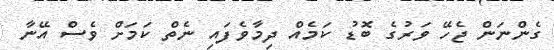
ގެންނަން ޖެހޭ ވަރުގެ ބޮޑު ކަމެއް ދިމާވެފައި ނެތް ކަމަށް ވެސް އޭނާ